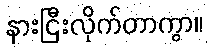
နားငြီးလိုက်တာကွာ။